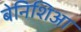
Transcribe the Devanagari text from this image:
बेनिशिआ